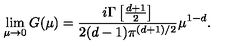
\lim _ { \mu \to 0 } G ( \mu ) = \frac { i \Gamma \left[ \frac { d + 1 } { 2 } \right] } { 2 ( d - 1 ) \pi ^ { ( d + 1 ) / 2 } } \mu ^ { 1 - d } .